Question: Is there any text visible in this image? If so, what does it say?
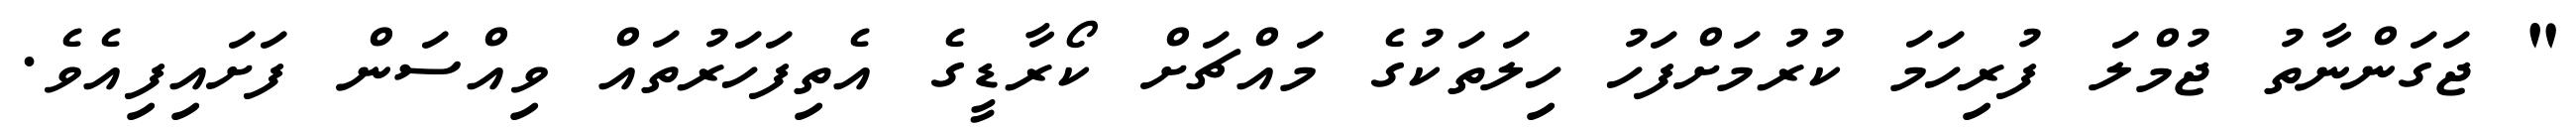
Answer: " ޖަގަންނާތު ޖުމްލަ ފުރިހަމަ ކުރުމަށްފަހު ހިލަތަކުގެ މައްޗަށް ކޯރާޑީގެ އެތިފަހަރުތައް ވިއްސަން ފަށައިފިއެވެ.